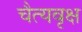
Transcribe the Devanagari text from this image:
चैत्यवृक्ष